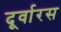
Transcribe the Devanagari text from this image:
दूर्वारस